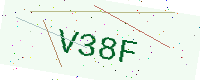
Text: V38F